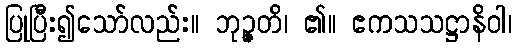
ပြုပြီး၍သော်လည်း။ ဘုဉ္ဇတိ၊ ၏။ ဧကသသဋ္ဌာနိဝါ၊